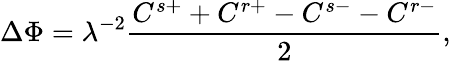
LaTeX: \Delta\Phi=\lambda^{-2}\frac{C^{s+}+C^{r+}-C^{s-}-C^{r-}}{2},